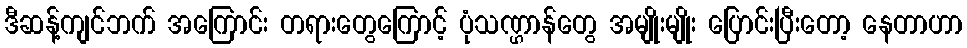
ဒီဆန့်ကျင်ဘက် အကြောင်း တရားတွေကြောင့် ပုံသဏ္ဌာန်တွေ အမျိုးမျိုး ပြောင်းပြီးတော့ နေတာဟာ